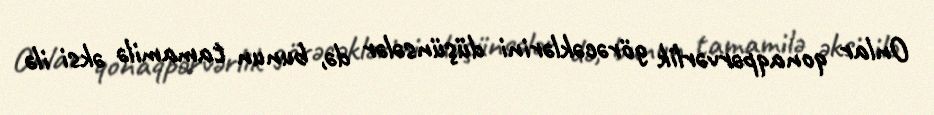
Onlar qonaqpərvərlik görəcəklərini düşünsələr də, bunun tamamilə əksi ilə